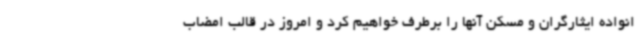
انواده ایثارگران و مسکن آنها را برطرف خواهیم کرد و امروز در قالب امضاب